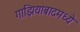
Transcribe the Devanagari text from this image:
गाझियाबादमध्ये